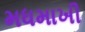
મધમાખી